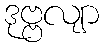
ဒုဗ္ဗလျာ